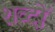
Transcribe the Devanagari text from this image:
शव्दों